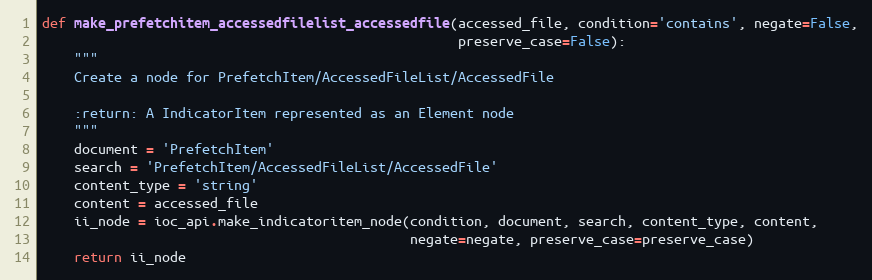
Language: Python
def make_prefetchitem_accessedfilelist_accessedfile(accessed_file, condition='contains', negate=False,
                                                    preserve_case=False):
    """
    Create a node for PrefetchItem/AccessedFileList/AccessedFile

    :return: A IndicatorItem represented as an Element node
    """
    document = 'PrefetchItem'
    search = 'PrefetchItem/AccessedFileList/AccessedFile'
    content_type = 'string'
    content = accessed_file
    ii_node = ioc_api.make_indicatoritem_node(condition, document, search, content_type, content,
                                              negate=negate, preserve_case=preserve_case)
    return ii_node